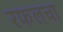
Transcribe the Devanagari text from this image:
रफलचा